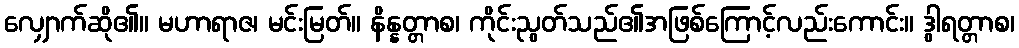
လျှောက်ဆို၏။ မဟာရာဇ၊ မင်းမြတ်။ နိန္နတ္တာစ၊ ကိုင်းညွတ်သည်၏အဖြစ်ကြောင့်လည်းကောင်း။ ဒွါရတ္တာစ၊